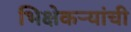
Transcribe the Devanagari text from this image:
भिक्षेकऱ्यांची